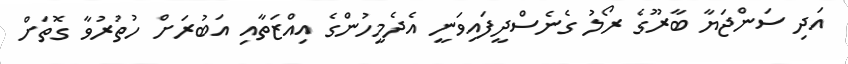
އަދި ސަންޖަޔާ ބާރޫގެ ރޯލު ގެނެސްދީފައިވަނީ އެދެމީހުންގެ އިއްޒަތާއި އަބުރަށް ހުތުރުވާ ގޮތަށް